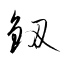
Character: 釼